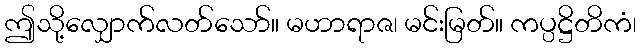
ဤသို့လျှောက်လတ်သော်။ မဟာရာဇ၊ မင်းမြတ်။ ကပ္ပဋ္ဌိတိကံ၊